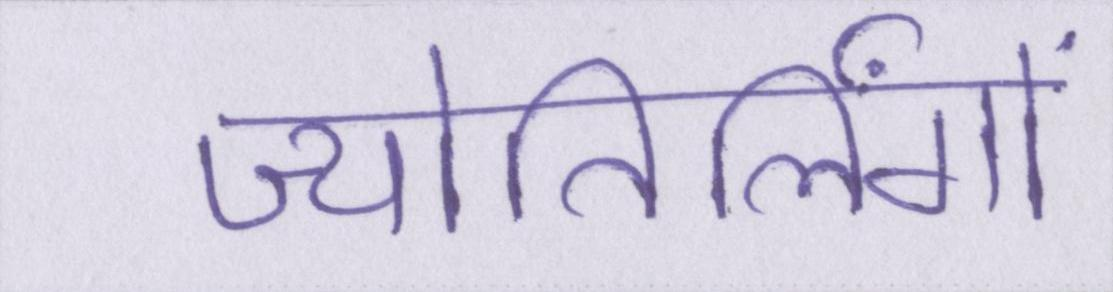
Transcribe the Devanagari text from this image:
ज्योतिर्लिंगों